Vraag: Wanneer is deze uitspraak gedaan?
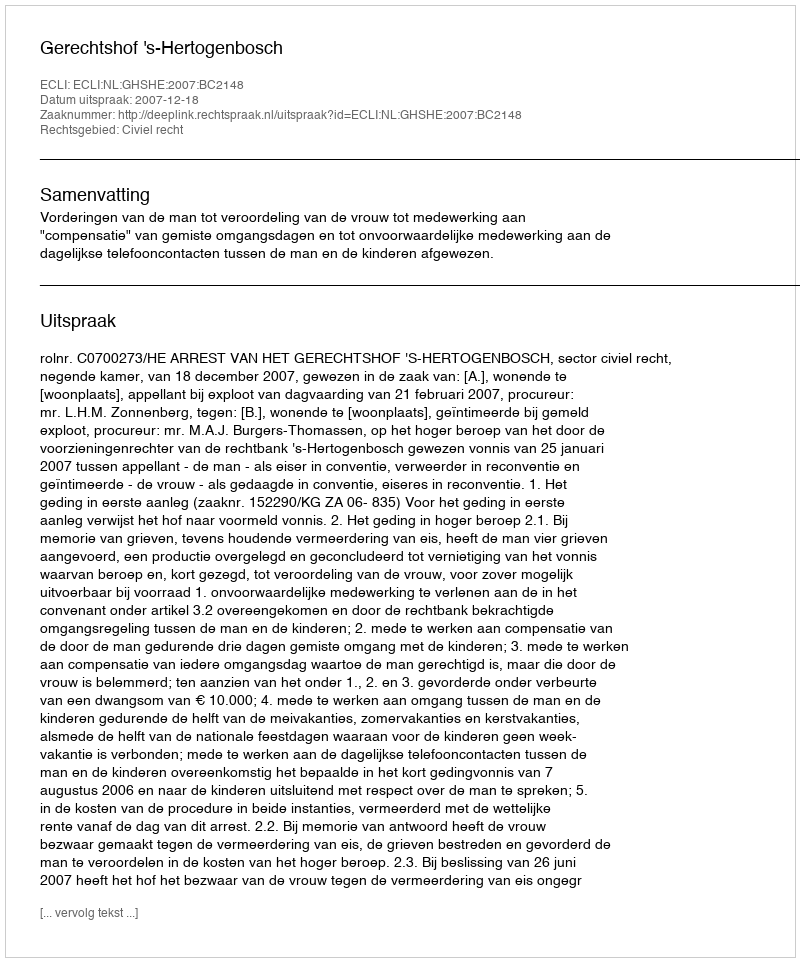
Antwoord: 2007-12-18